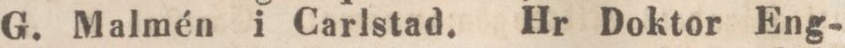
G. Malmén i Carlstad. Hr Doktor Eng-